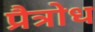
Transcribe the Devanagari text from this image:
प्रैत्रोध